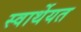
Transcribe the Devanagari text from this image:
स्वार्थेयत